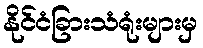
နိုင်ငံခြားသံရုံးများမှ